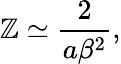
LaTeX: \mathbb{Z}\simeq\frac{{2}}{{a\beta^{2}}},